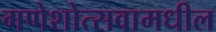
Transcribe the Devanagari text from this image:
गणेशोत्सवामधील